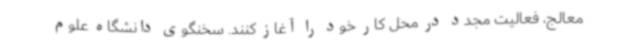
معالج، فعالیت مجدد در محل کار خود را آغاز کنند. سخنگوی دانشگاه علوم